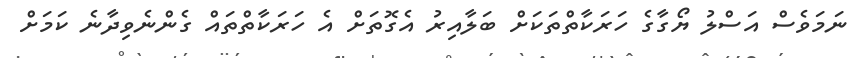
ނަމަވެސް އަސްލު ޔޯގާގެ ހަރަކާތްތަކަށް ބަލާއިރު އެގޮތަށް އެ ހަރަކާތްތައް ގެންނެވިދާނެ ކަމަށް